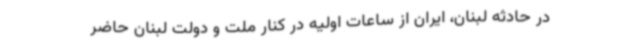
در حادثه لبنان، ایران از ساعات اولیه در کنار ملت و دولت لبنان حاضر